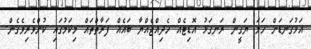
އަޅުގަނޑަށް ހަމަ ޔަގީން ރަނގަޅު އޮޑިޓެއް ހެދިއްޖެއްޔާ ބައެއް ފަރާތްތައް މިކަމުގައި ކުށްވެރިވެގެން